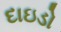
દાઇડો